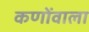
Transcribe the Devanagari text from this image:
कणोंवाला